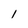
Character: 1